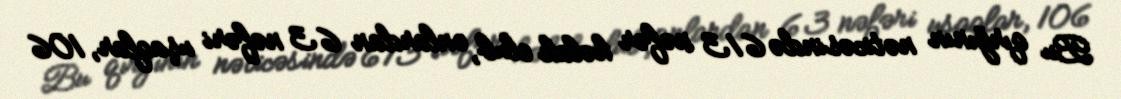
Bu qırğının nəticəsində 613 nəfər həlak olub, onlardan 63 nəfəri uşaqlar, 106